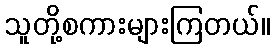
သူတို့စကားများကြတယ်။